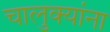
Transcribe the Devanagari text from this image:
चालुक्यांना